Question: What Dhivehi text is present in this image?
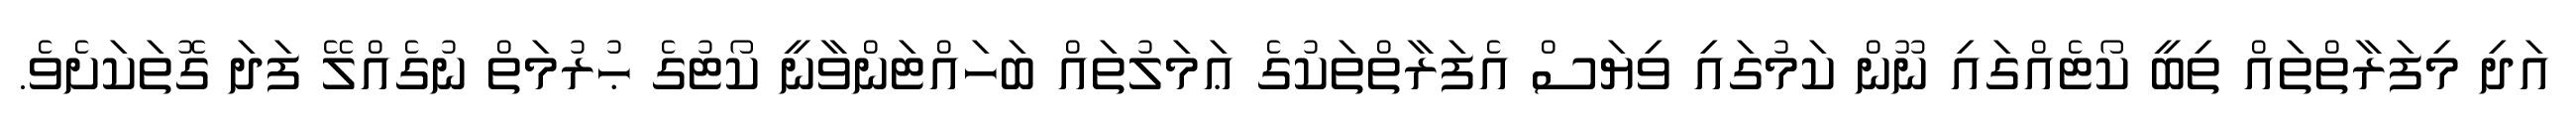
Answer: އަދި މިފަރާތްތައް ތިބީ ކޯޓެއްގައި ނޫން ކަމުގައި ވިޔަސް އެފަރާތްތަކުގެ ޢަމަލުތައް ބަހައްޓަންވާނީ ކޯޓުގެ ޙުރުމަތް ނުގެއްލޭ ފަދަ ގޮތަކަށެވެ.